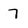
Character: 7